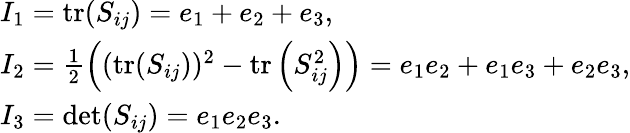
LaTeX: \begin{array}{l}{I_{1}=\operatorname{tr}(S_{ij})=e_{1}+e_{2}+e_{3},}\\ {I_{2}=\frac{1}{2}\left((\operatorname{tr}(S_{ij}))^{2}-\operatorname{tr}\left(S_{ij}^{2}\right)\right)=e_{1}e_{2}+e_{1}e_{3}+e_{2}e_{3},}\\ {I_{3}=\det(S_{ij})=e_{1}e_{2}e_{3}.}\end{array}